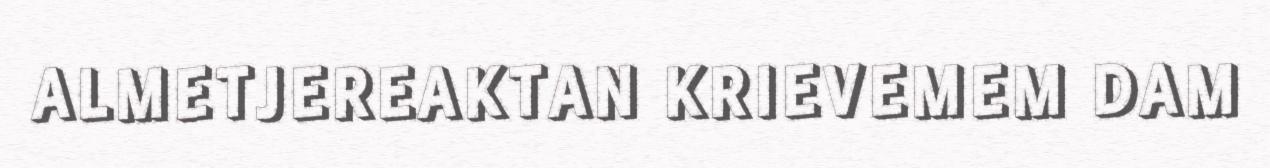
ALMETJEREAKTAN KRIEVEMEM DAM